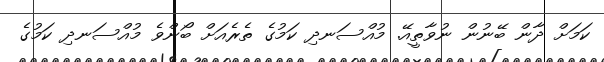
ކަމަށް ދާން ބޭނުން ނުވާތީއޭ. މުއްސަނދި ކަމުގެ ތެރެއަށް ބޯންވެ މުއްސަނދި ކަމުގެ